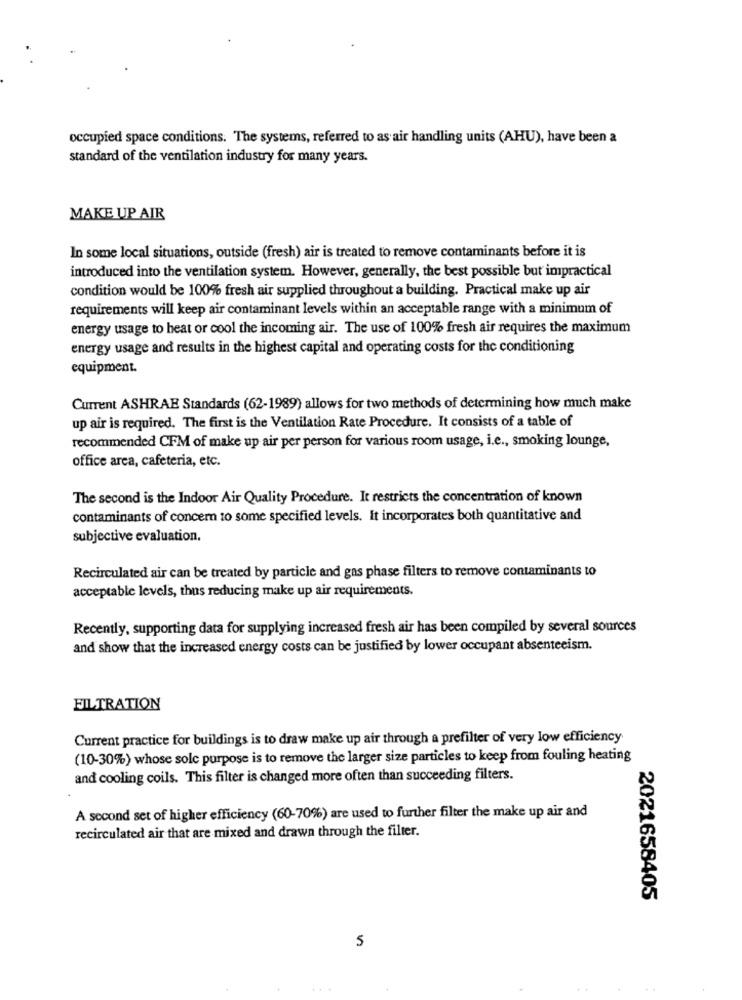
occupied space conditions. The systems, referred to as air handling units (AHU), have been a
standard of the ventilation industry for many years.
MAKE UP AIR
In some local situations, outside (fresh) air is treated to remove contaminants before it is
introduced into the ventilation system. However, generally, the best possible but impractical
condition would be 100% fresh air supplied throughout a building. Practical make up air
requirements will keep air contaminant levels within an acceptable range with a minimum of
energy usage to heat or cool the incoming air. The use of 100% fresh air requires the maximum
energy usage and results in the highest capital and operating costs for the conditioning
equipment.
Current ASHRAE Standards (62-1989) allows for two methods of determining how much make
up air is required. The first is the Ventilation Rate Procedure. It consists of a table of
recommended CFM of make up air per person for various room usage, i.e ., smoking lounge,
office area, cafeteria, etc.
The second is the Indoor Air Quality Procedure. It restricts the concentration of known
contaminants of concern to some specified levels. It incorporates both quantitative and
subjective evaluation.
Recirculated air can be treated by particle and gas phase filters to remove contaminants to
acceptable levels, thus reducing make up air requirements.
Recently, supporting data for supplying increased fresh air has been compiled by several sources
and show that the increased energy costs can be justified by lower occupant absenteeism.
FILTRATION
Current practice for buildings is to draw make up air through a prefilter of very low efficiency
(10-30%) whose sole purpose is to remove the larger size particles to keep from fouling heating
and cooling coils. This filter is changed more often than succeeding filters.
A second set of higher efficiency (60-70%) are used to further filter the make up air and
recirculated air that are mixed and drawn through the filter.
2021658405
5